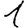
Digit: 1